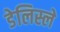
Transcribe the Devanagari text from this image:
डेलिस्ले